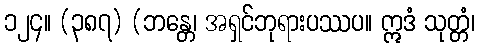
၁၂၄။ (၃၈၇) (ဘန္တေ၊ အရှင်ဘုရားပဿပ။ ဣဒံ သုတ္တံ၊